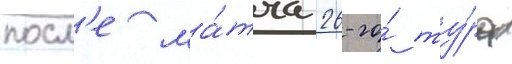
посл'е ма́тча 26-го́ ту́ра